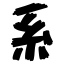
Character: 系